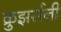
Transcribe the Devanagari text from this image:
क्रुझर्सनी